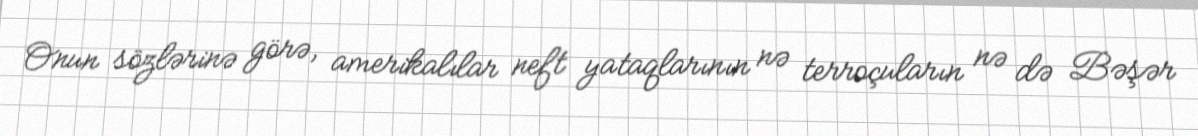
Onun sözlərinə görə, amerikalılar neft yataqlarının nə terroçuların nə də Bəşər